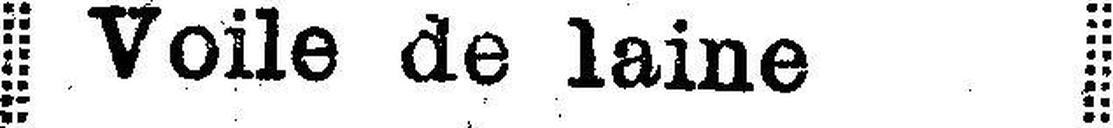
Voile de laine